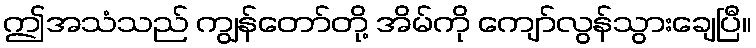
ဤအသံသည် ကျွန်တော်တို့ အိမ်ကို ကျော်လွန်သွားချေပြီ။